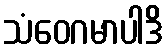
သံဝေဂမာပါဒိ